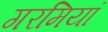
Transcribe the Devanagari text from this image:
गरमियां